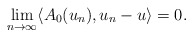
\begin{align*}\lim_{n\rightarrow\infty} \langle A_0(u_n), u_n - u \rangle = 0.\end{align*}